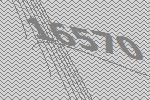
16570